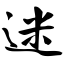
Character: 迷